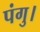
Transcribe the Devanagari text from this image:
पंगु।